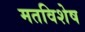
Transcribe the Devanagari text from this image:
मतविशेष